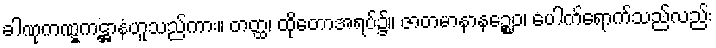
ခါဏုကဏ္ဋကဋ္ဌာနံဟူသည်ကား။ တတ္ထ၊ ထိုတောအရပ်၌။ ဇာတမာနာနဉ္စေဝ၊ ပေါက်ရောက်သည်လည်း